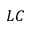
L C